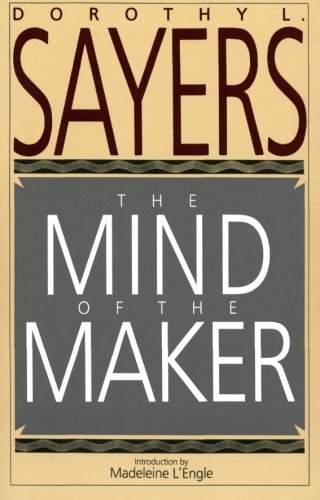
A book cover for The Mind of the Maker; Dorothy L. Sayers; Christian Books & Bibles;